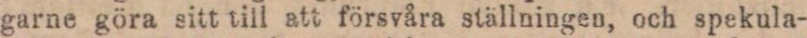
garne göra sitt till att försvåra ställningen, och spekula-